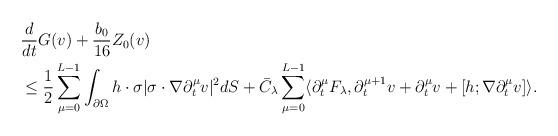
LaTeX: \begin{align*}&\frac{d}{dt} G (v) + \frac{b_0}{16} Z_0(v) \\& \leq \frac{1}{2} \sum_{\mu=0}^{L-1} \int_{\partial \Omega} h \cdot \sigma | \sigma \cdot \nabla \partial_t^\mu v|^2 dS + \bar{C}_\lambda \sum_{\mu=0}^{L-1} \langle \partial_t^\mu F_\lambda, \partial_t^{\mu+1} v + \partial_t^\mu v + [h ; \nabla \partial_t^\mu v] \rangle. \end{align*}